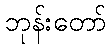
ဘုန်းတော်